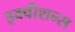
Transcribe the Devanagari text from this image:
इक्‍वीशन्‍स